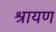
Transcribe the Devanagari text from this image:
श्रायण